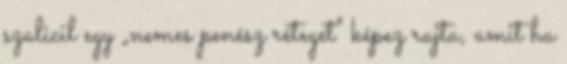
szalicil egy „nemes penész réteget” képez rajta, amit ha